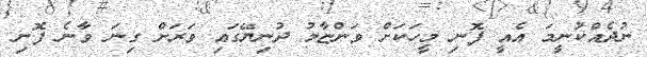
ނުދެއްކުނީމަ އެއީ ފޮނި މީހަކަށް ވަންޏާމު ދުނިޔޭގައި ވަރަށް ގިނަ ވާނެ ފޮނި